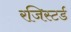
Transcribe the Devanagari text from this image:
रजिस्‍टर्ड